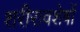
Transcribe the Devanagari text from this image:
शरीरावशेषों